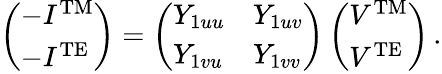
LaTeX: \left(\begin{array}{l}{-I^{\mathrm{TM}}}\\ {-I^{\mathrm{TE}}}\end{array}\right)=\left(\begin{array}{ll}{Y_{1uu}}&{Y_{1uv}}\\ {Y_{1vu}}&{Y_{1vv}}\end{array}\right)\left(\begin{array}{l}{V^{\mathrm{TM}}}\\ {V^{\mathrm{TE}}}\end{array}\right)\, .